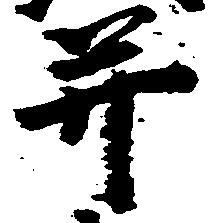
并